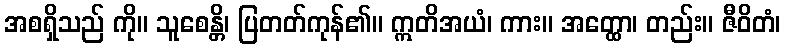
အစရှိသည် ကို။ သူစေန္တိ၊ ပြတတ်ကုန်၏။ ဣတိအယံ၊ ကား။ အတ္ထော၊ တည်း။ ဇီဝိတံ၊